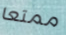
ممتعا